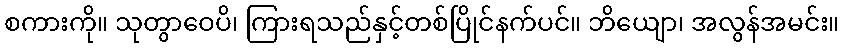
စကားကို။ သုတွာဝေပိ၊ ကြားရသည်နှင့်တစ်ပြိုင်နက်ပင်။ ဘိယျော၊ အလွန်အမင်း။